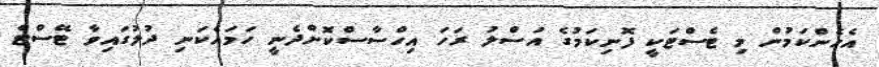
އެހެންކަމުން މި ޓެސްޓަކީ ފޮނިކަމުގެ އަސްލު ރަހަ އިހްސާސްކޮށްދެނީ ހަމައެކަނި ދުލުގައިވާ ޓޭސްޓް